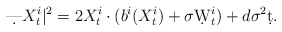
\begin{align*}\d |X_t^i|^2 = 2X_t^i\cdot (b^i(X_t^i)+\sigma\d W_t^i) + d\sigma^2\d t.\end{align*}